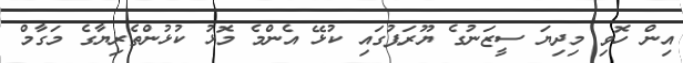
އިން ހޮވި މިދިޔަ ސީޒަނުގެ ޔޫރަޕުގައި ކުޅޭ އެންމެ މޮޅު ކުޅުންތެރިޔާގެ މަގާމް